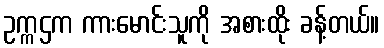
ဥက္ကဌက ကားမောင်းသူကို အစားထိုး ခန့်တယ်။